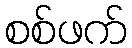
စစ်ဖက်